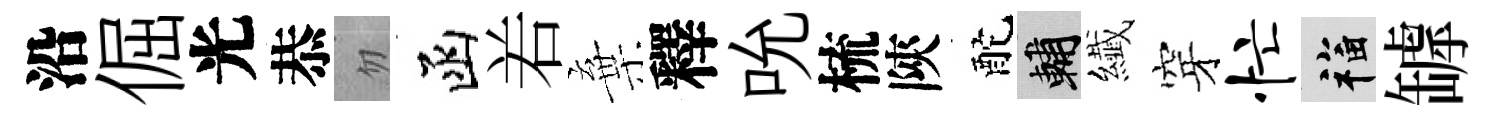
沿倔光恭忽函𠰥棄釋吮梳陝酡輔纎穿忙福罅